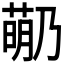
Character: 𬝡